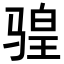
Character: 𫘩